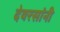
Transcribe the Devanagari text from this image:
देवरसांनी